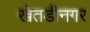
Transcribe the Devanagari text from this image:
खेतडीनगर